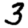
Digit: 3